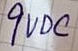
Text: 9VDC